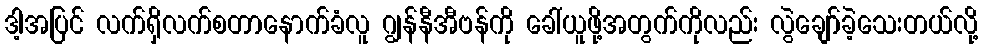
ဒါ့အပြင် လက်ရှိလက်စတာနောက်ခံလူ ဂျွန်နီအီဗန်ကို ခေါ်ယူဖို့အတွက်ကိုလည်း လွဲချော်ခဲ့သေးတယ်လို့